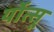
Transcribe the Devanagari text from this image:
र्योत्सू